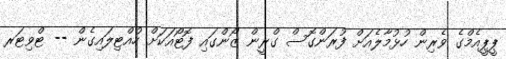
ޕީޕީއެމްގެ ވެރިން ހުޅުމާލެއަށް ފުރަންގޮސް ގްރީން ޒޯންގައި ފޮޓޯއަކަށް ހުއްޓިލައިގެން -- ޓްވިޓަރ